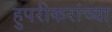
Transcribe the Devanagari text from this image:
हुपरीकरांच्या